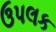
ઉપલક